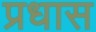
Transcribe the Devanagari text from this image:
प्रधास